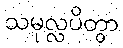
သမုလ္လပိတွာ